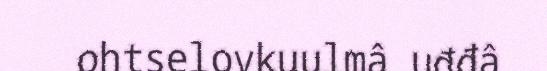
ohtselovkuulmâ uđđâ